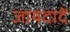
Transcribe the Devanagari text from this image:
जायदादें